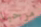
مرحبا